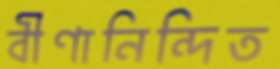
বীণানিন্দিত